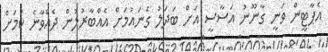
އެޕާޓީން ވަނީ ގާނޫނު އަސާސީ އަށް ބަދަލު ގެނައުމަށް އެއްބާރުލުން ދެއްވާނެ ކަމަށް